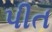
પીત